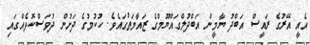
އެއީ އޭރުގެ ރައީސް އަބްދު ޔާމީން އަބްދުލްގައްޔޫމްގެ ޒައާމަތުގައެެވެ. ހުކުމުގެ ދަށުން ދުވަސްކޮޅެއްގައި